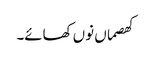
کھصماں نوں کھائے۔